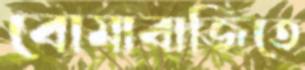
বোমাবাজিতে